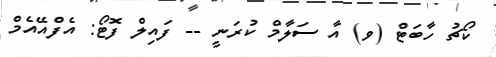
ކޯޗު ހާބަޓް (ވ) އާ ސަލާމް ކުރަނީ -- ފައިލް ފޮޓޯ: އެފްއޭއެމް